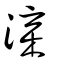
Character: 㳿